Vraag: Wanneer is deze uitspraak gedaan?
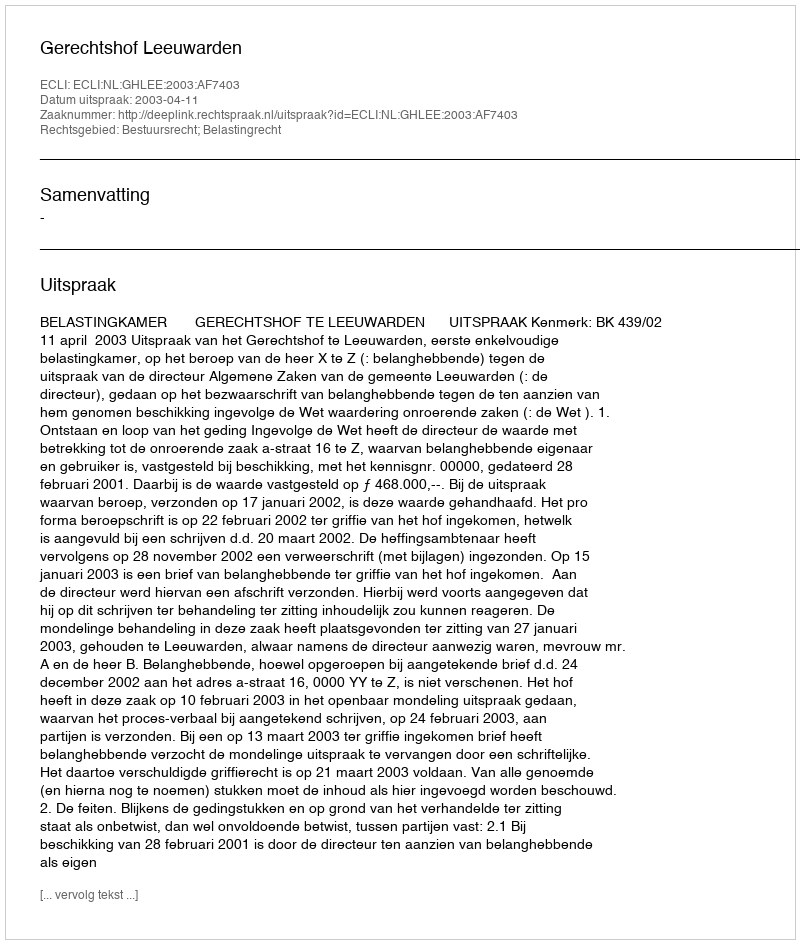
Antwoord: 2003-04-11